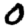
Digit: 0